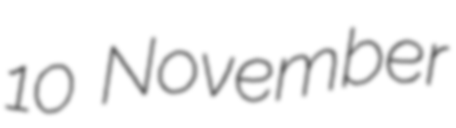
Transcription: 10 November